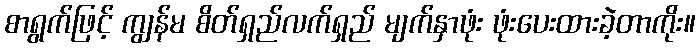
စာရွက်ဖြင့် ကျွန်မ စိတ်ရှည်လက်ရှည် မျက်နှာဖုံး ဖုံးပေးထားခဲ့တာကိုး။